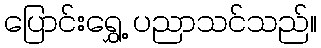
ပြောင်းရွှေ့ ပညာသင်သည်။